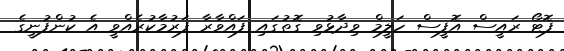
ފޮޓޯ ރައީސް އޮފީސް ހަލީމް ވިދާޅުވި ގޮތުގައި ފައްވާރާ ފަރުމާކުރެއްވީ އެ ކުންފުނީގެ